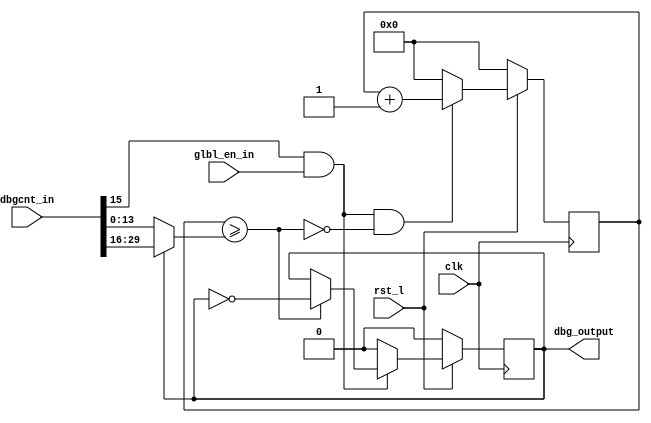
module dbgcnt (
	input	clk,
	input [31:0] dbgcnt_in,
	input	glbl_en_in,
	input	rst_l,
	output	dbg_output
);

reg [13:0] cntr_ff;
reg	state_ff;

wire [13:0] cmp_val = (state_ff) ? dbgcnt_in[29:16] : dbgcnt_in[13:0];
wire	count_hi = (cntr_ff[13:0] >= cmp_val[13:0]);
wire	enable = dbgcnt_in[15] && glbl_en_in;

wire	state_pre = (count_hi) ? ~state_ff : state_ff;
wire	state = (enable) ? state_pre : 1'b0;

wire [13:0] cntr_inced = cntr_ff[13:0] + 14'h1;
wire [13:0] cntr = (enable && ~count_hi) ? cntr_inced[13:0] : 14'h0;

always @(posedge clk) begin
	cntr_ff[13:0] <= (rst_l) ? cntr[13:0] : 14'h0;
	state_ff <= (rst_l) ? state : 1'b0;
end

assign dbg_output = state_ff;
endmodule